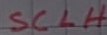
Text: SCLH